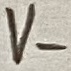
Text: V-